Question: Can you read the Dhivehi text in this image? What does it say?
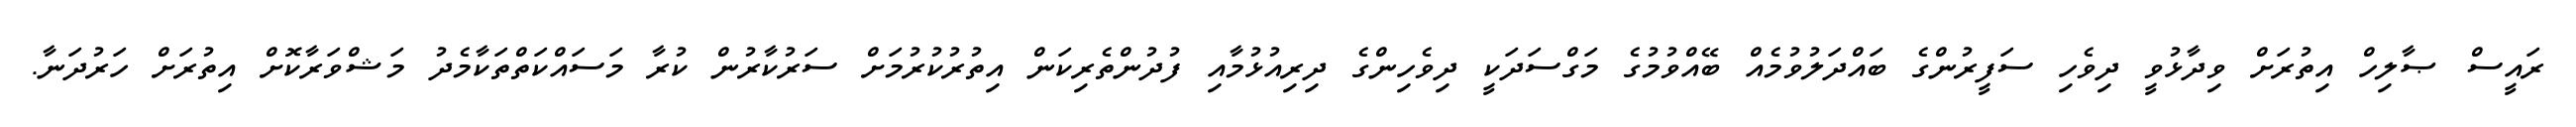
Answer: ރައީސް ޞާލިހް އިތުރަށް ވިދާޅުވީ ދިވެހި ސަފީރުންގެ ބައްދަލުވުމެއް ބޭއްވުމުގެ މަގްސަދަކީ ދިވެހިންގެ ދިރިއުޅުމާއި ފުދުންތެރިކަން އިތުރުކުރުމަށް ސަރުކާރުން ކުރާ މަސައްކަތްތަކާމެދު މަޝްވަރާކޮށް އިތުރަށް ހަރުދަނާ.